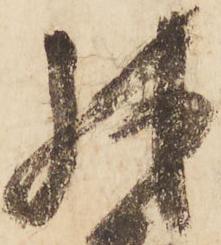
殊